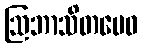
ဩဘာသိတမေဝ